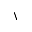
\backslash